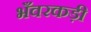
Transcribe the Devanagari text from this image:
भँवरकड़ी